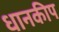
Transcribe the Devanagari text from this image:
धानकीप